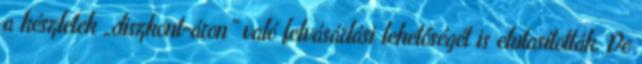
a készletek „diszkont-áron” való felvásárlási lehetőségét is elutasították. De